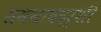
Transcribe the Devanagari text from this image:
समभावदर्शी